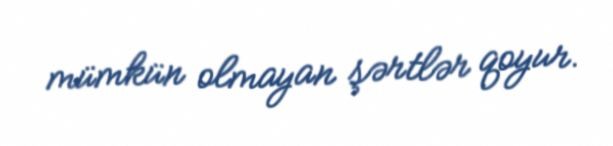
mümkün olmayan şərtlər qoyur.